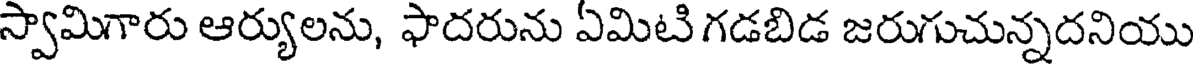
స్వామిగారు ఆర్యులను, ఫాదరును ఏమిటి గడబిడ జరుగుచున్నదనియు